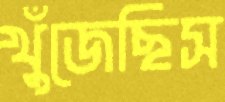
খুঁজেছিস